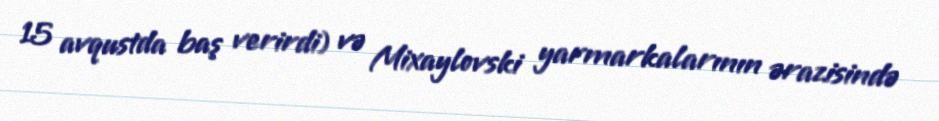
15 avqustda baş verirdi) və Mixaylovski yarmarkalarının ərazisində